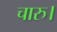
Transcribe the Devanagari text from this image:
चारु।